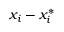
x _ { i } - x _ { i } ^ { * }